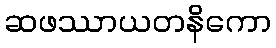
ဆဖဿာယတနိကော